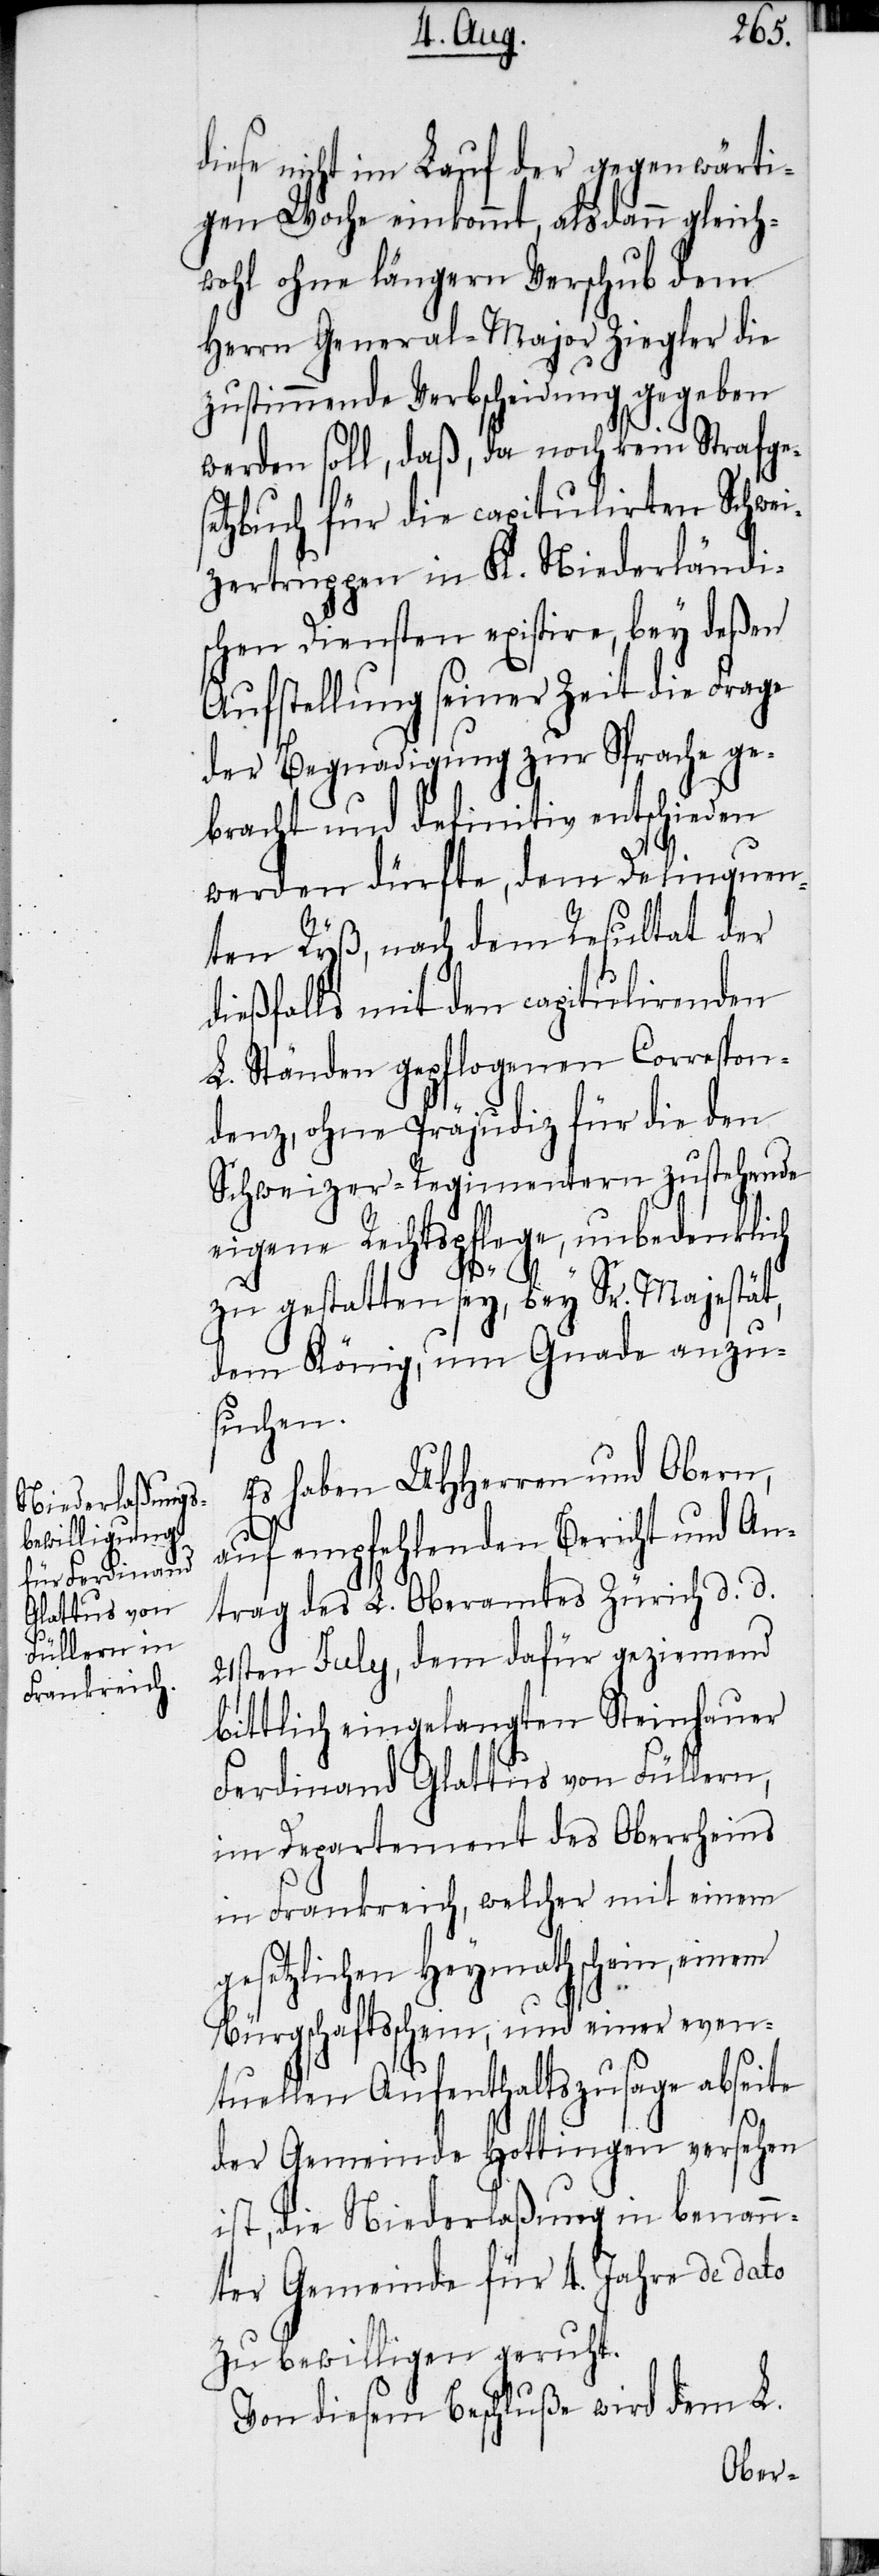
diese nicht im Lauf der gegenwärti¬
gen Woche einkommt, alsdann gleich¬
wohl ohne längern Verschub dem
Herrn General-Major Ziegler die
zustimmende Verbscheidung gegeben
werden soll, daß, da noch kein Strafge¬
setzbuch für die capitulirten Schwei¬
zertruppen in K. Niederländi¬
schen Diensten existire, bey deßen
Aufstellung seiner Zeit die Frage
der Begnadigung zur Sprache ge¬
bracht und definitiv entschieden
werden dürfte, dem Delinquen¬
ten Ryß, nach dem Resultat der
dießfalls mit den capitulirenden
L. Ständen gepflogenen Correspon¬
denz, ohne Präjudiz für die den
Schweizer-Regimentern zustehende
eigene Rechtspflege, unbedenklich
zu gestatten sey, bey Sr. Majestät,
dem König, um Gnade anzu¬
suchen.
Es haben UHHerren und Obern,
auf empfehlenden Bericht und An¬
trag des L. Oberamtes Zürich d. d.
21sen July, dem dafür geziemend
bittlich eingelangten Steinhauer
Ferdinand Glattus von Füllern,
im Departement des Oberrheins
in Frankreich, welcher mit einem
gesetzlichen Heymathschein, einem
Bürgschaftsschein, und einer even¬
tuellen Aufenthaltszusage abseite
der Gemeinde Hottingen versehen
ist, die Niederlaßung in benann¬
ter Gemeinde für 4. Jahre de dato
zu bewilligen geruht.
Von diesem Beschluße wird dem L.